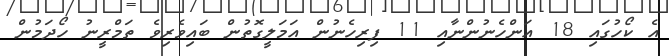
އެ ކޯހުގައި 18 އަންހެނުންނާއި 11 ފިރިހެނުން އަމަލީގޮތުން ބައިވެރިވެ ތަމްރީނު ހޯދަމުން